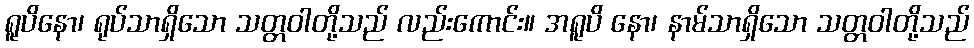
ရူပိနော၊ ရုပ်သာရှိသော သတ္တဝါတို့သည် လည်းကောင်း။ အရူပိ နော၊ နာမ်သာရှိသော သတ္တဝါတို့သည်